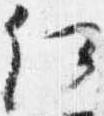
何